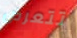
تتعرض